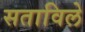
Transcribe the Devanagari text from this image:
सताविले